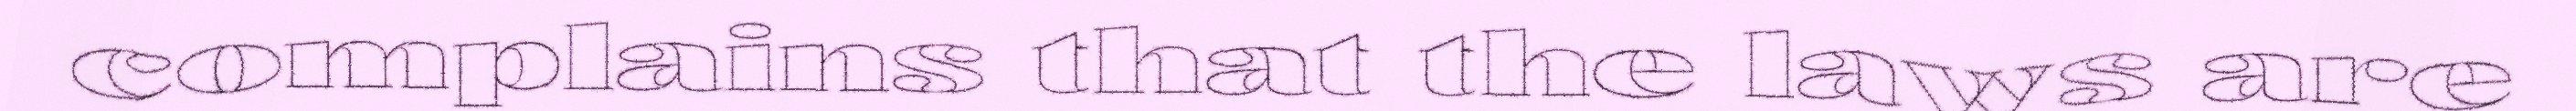
complains that the laws are